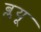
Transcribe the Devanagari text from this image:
ब्लयू